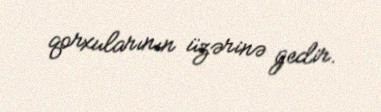
qorxularının üzərinə gedir.